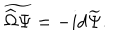
\widetilde { \widehat \Omega \Psi } = - i d \widetilde \Psi .